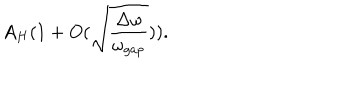
A _ { H } ( 1 + O ( \sqrt { \frac { \Delta \omega } { \omega _ { g a p } } } ) ) .